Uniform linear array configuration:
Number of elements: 32
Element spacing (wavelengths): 1
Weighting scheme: blackman
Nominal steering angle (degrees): -15
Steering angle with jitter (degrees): -15.042
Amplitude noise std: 0.05
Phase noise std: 0.05

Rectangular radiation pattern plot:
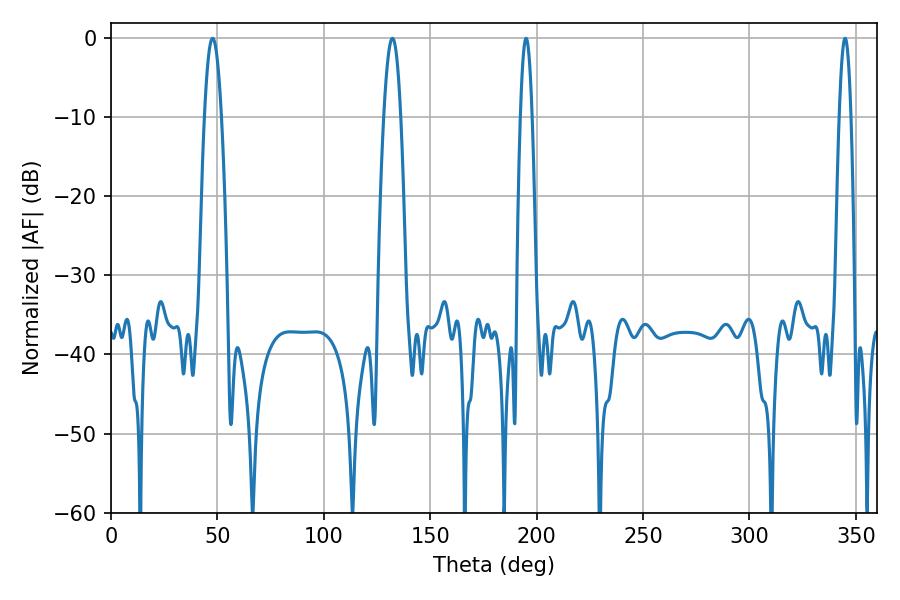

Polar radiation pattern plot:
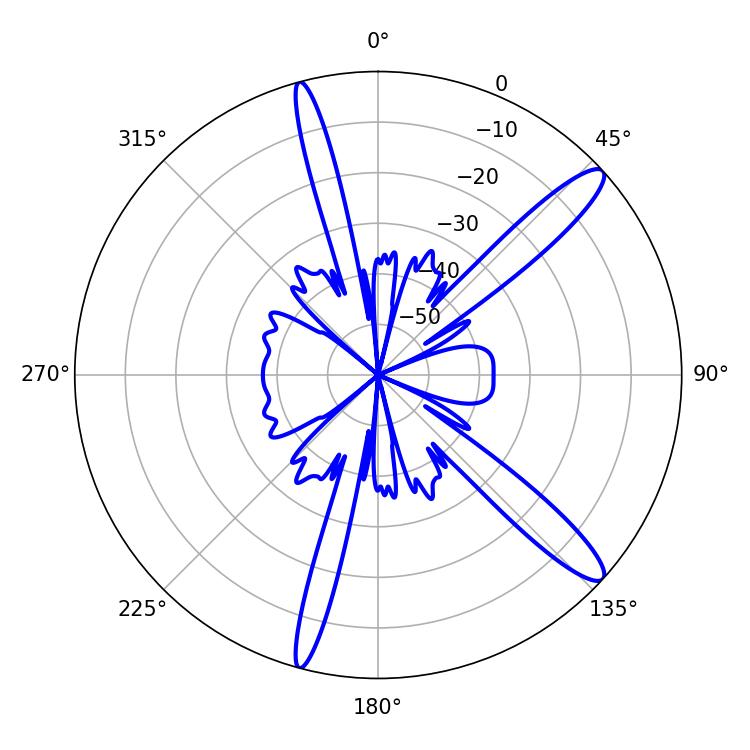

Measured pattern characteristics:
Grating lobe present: TRUE
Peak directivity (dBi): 13.334
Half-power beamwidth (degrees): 4.5
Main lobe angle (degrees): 47.7